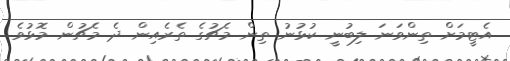
އެޓީމަށް ތިންވަނަ ލިބުނީ ކުޅުނު ތިން މެޗުގެ ތެރެއިން ދެ މެޗުން މޮޅުވެ